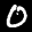
Label: 0